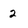
Character: 2